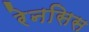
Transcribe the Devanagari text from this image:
रेनसिस